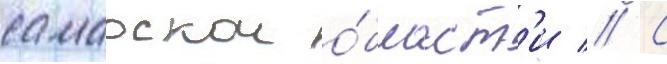
самарскои о́бласт'и // С